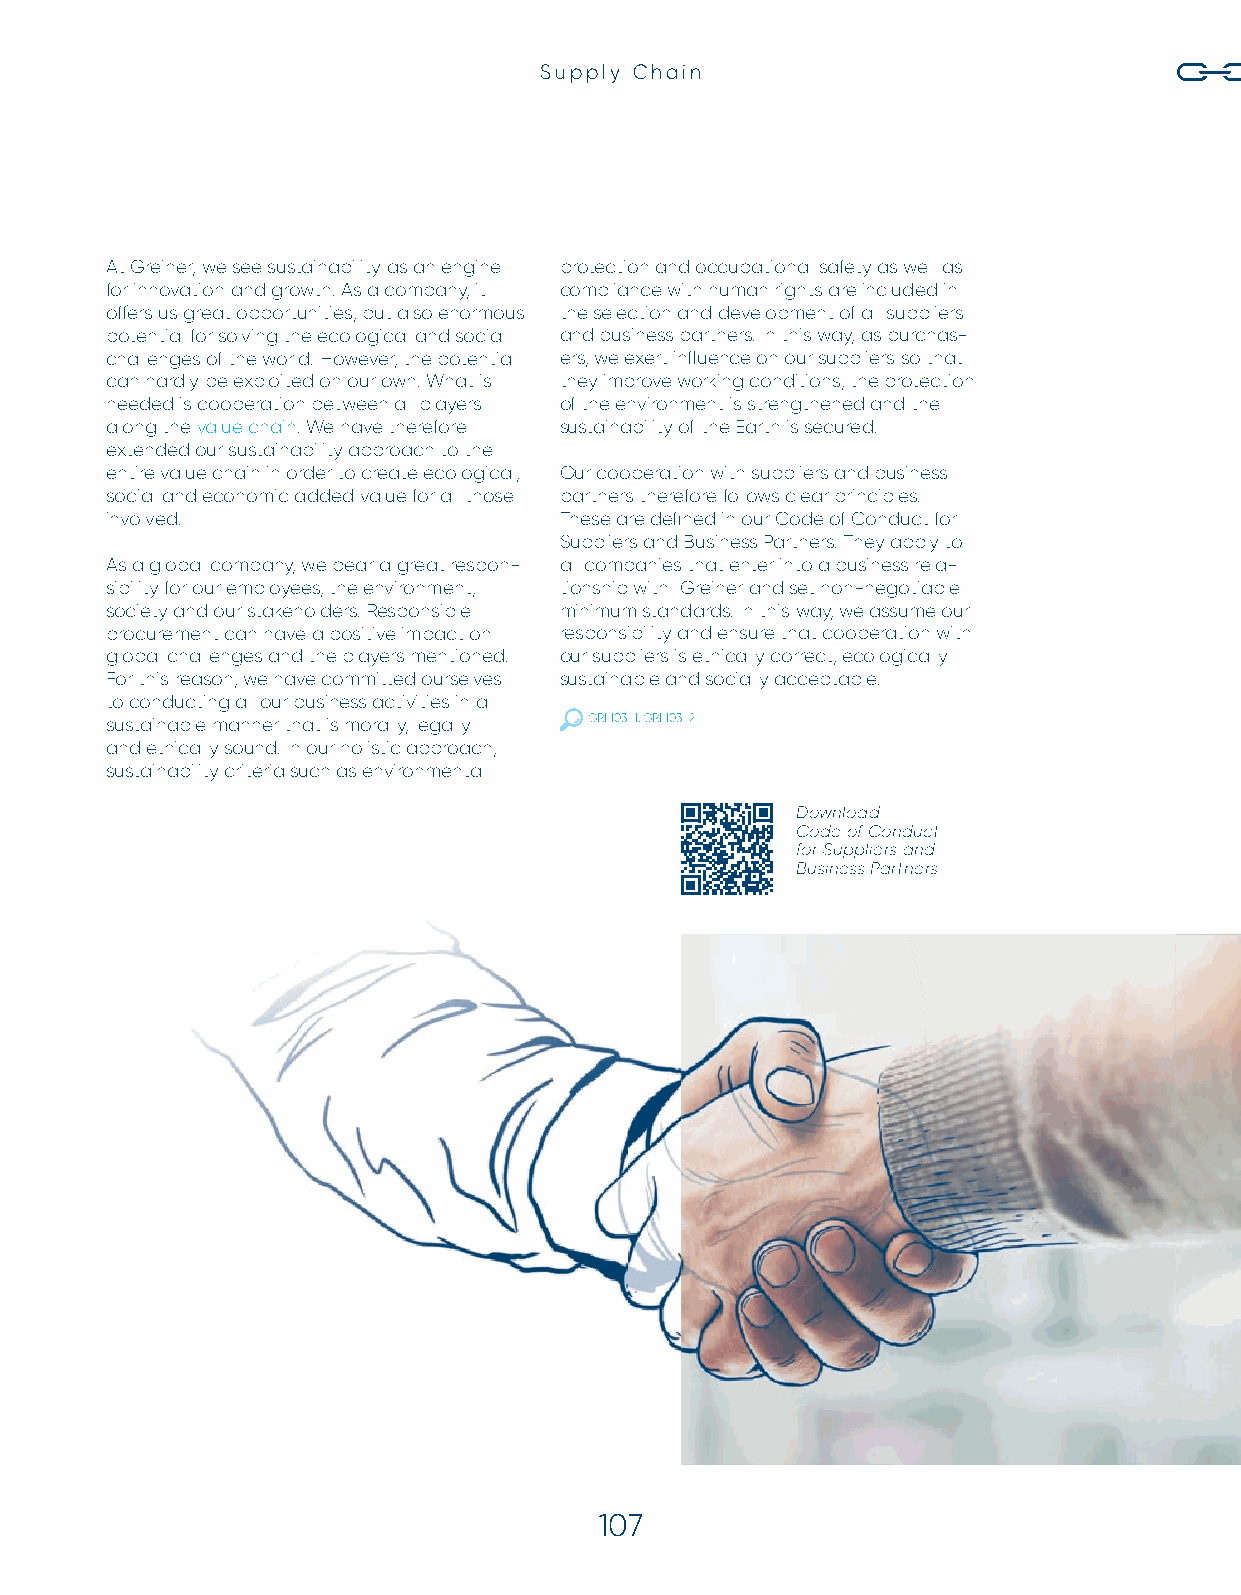
Supply Chain
 At Greiner, we see sustainability as an engine protection and occupational safety as well as
 for innovation and growth. As a company, it compliance with human rights are included in
 off ers us great opportunities, but also enormous the selection and development of all suppliers
 potential for solving the ecological and social and business partners. In this way, as purchas-
 challenges of the world. However, the potential ers, we exert infl uence on our suppliers so that
 can hardly be exploited on our own. What is they improve working conditions, the protection
 needed is cooperation between all players of the environment is strengthened and the
 along the value chain. We have therefore sustainability of the Earth is secured.
 extended our sustainability approach to the
 entire value chain in order to create ecological, Our cooperation with suppliers and business
 social and economic added value for all those partners therefore follows clear principles.
 involved.                     These are defi ned in our Code of Conduct for
 Suppliers and Business Partners. They apply to
 As a global company, we bear a great respon- all companies that enter into a business rela-
 sibility for our employees, the environment, tionship with Greiner and set non-negotiable
 society and our stakeholders. Responsible minimum standards. In this way, we assume our
 procurement can have a positive impact on responsibility and ensure that cooperation with
 global challenges and the players mentioned. our suppliers is ethically correct, ecologically
 For this reason, we have committed ourselves sustainable and socially acceptable.
 to conducting all our business activities in a
 sustainable manner that is morally, legally GRI 103-1, GRI 103-2
 and ethically sound. In our holistic approach,
 sustainability criteria such as environmental
 Download
 Code of Conduct
 for Suppliers and
 Business Partners
 107